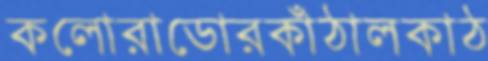
কলোরাডোরকাঁঠালকাঠ